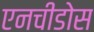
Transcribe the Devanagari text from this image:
एनचीडोस